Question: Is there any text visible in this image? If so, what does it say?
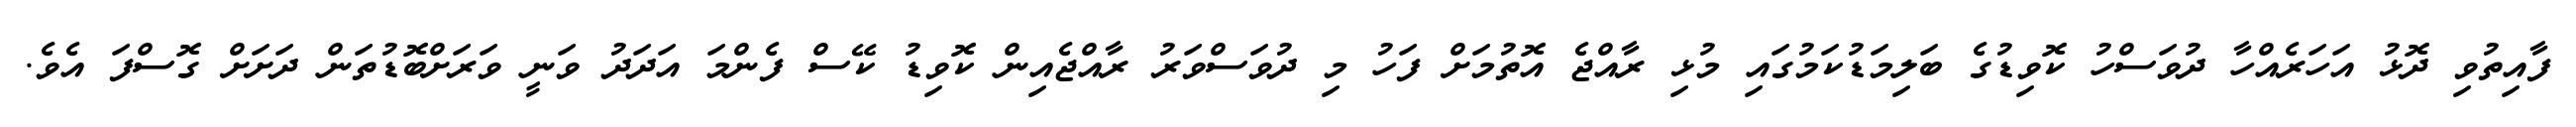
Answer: ފާއިތުވި ދޮޅު އަހަރެއްހާ ދުވަސްހު ކޮވިޑުގެ ބަލިމަޑުކަމުގައި މުޅި ރާއްޖެ އޮތުމަށް ފަހު މި ދުވަސްވަރު ރާއްޖެއިން ކޮވިޑު ކޭސް ފެންމަ އަދަދު ވަނީ ވަރަށްބޮޑުތަން ދަށަށް ގޮސްފަ އެވެ.